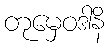
တုမှေဝဒါနိ